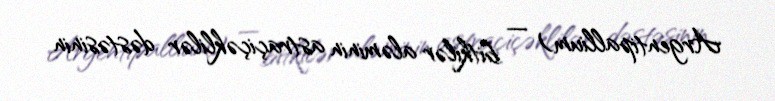
Argentipallium) — bitkilər aləminin astraçiçəklilər dəstəsinin